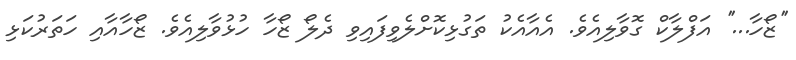
''ޒޯހާ...'' އަފްލާކް ގޮވާލިއެވެ. އެއާއެކު ތަގުޅިކޮށްލެވިފައިވި ދެލޯ ޒޯހާ ހުޅުވާލިއެވެ. ޒޯހާއާއި ހަތަރުކަޅި